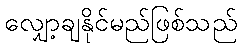
လျှော့ချနိုင်မည်ဖြစ်သည်